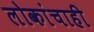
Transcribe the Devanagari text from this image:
लोकांचाही